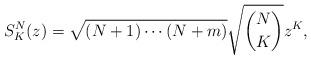
LaTeX: \begin{align*}S^N_K(z)=\sqrt{(N+1)\cdots(N+m)}\sqrt{\binom{N}{K}}z^K,\end{align*}